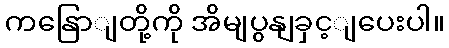
ကနြောျတို့ကို အိမျပွနျခှင့ျပေးပါ။